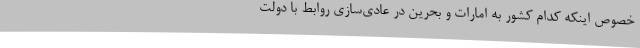
خصوص اینکه کدام کشور به امارات و بحرین در عادی‌سازی روابط با دولت